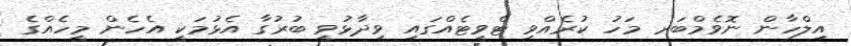
އިލްހާން ނޮވެމްބަރ މަހު ކުރެއްވި ޓްވީޓެއްގައި ވިދާޅުވީ ބުރުގާ އެޅުމަކީ އެހެން މީހެއްގެ